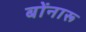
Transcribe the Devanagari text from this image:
बोंनारू